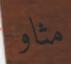
مثاو